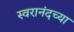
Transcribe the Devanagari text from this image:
स्वरानंदच्या